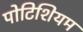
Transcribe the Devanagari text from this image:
पोटिशियम